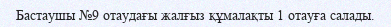
Бастаушы №9 отаудағы жалғыз құмалақты 1 отауға салады.